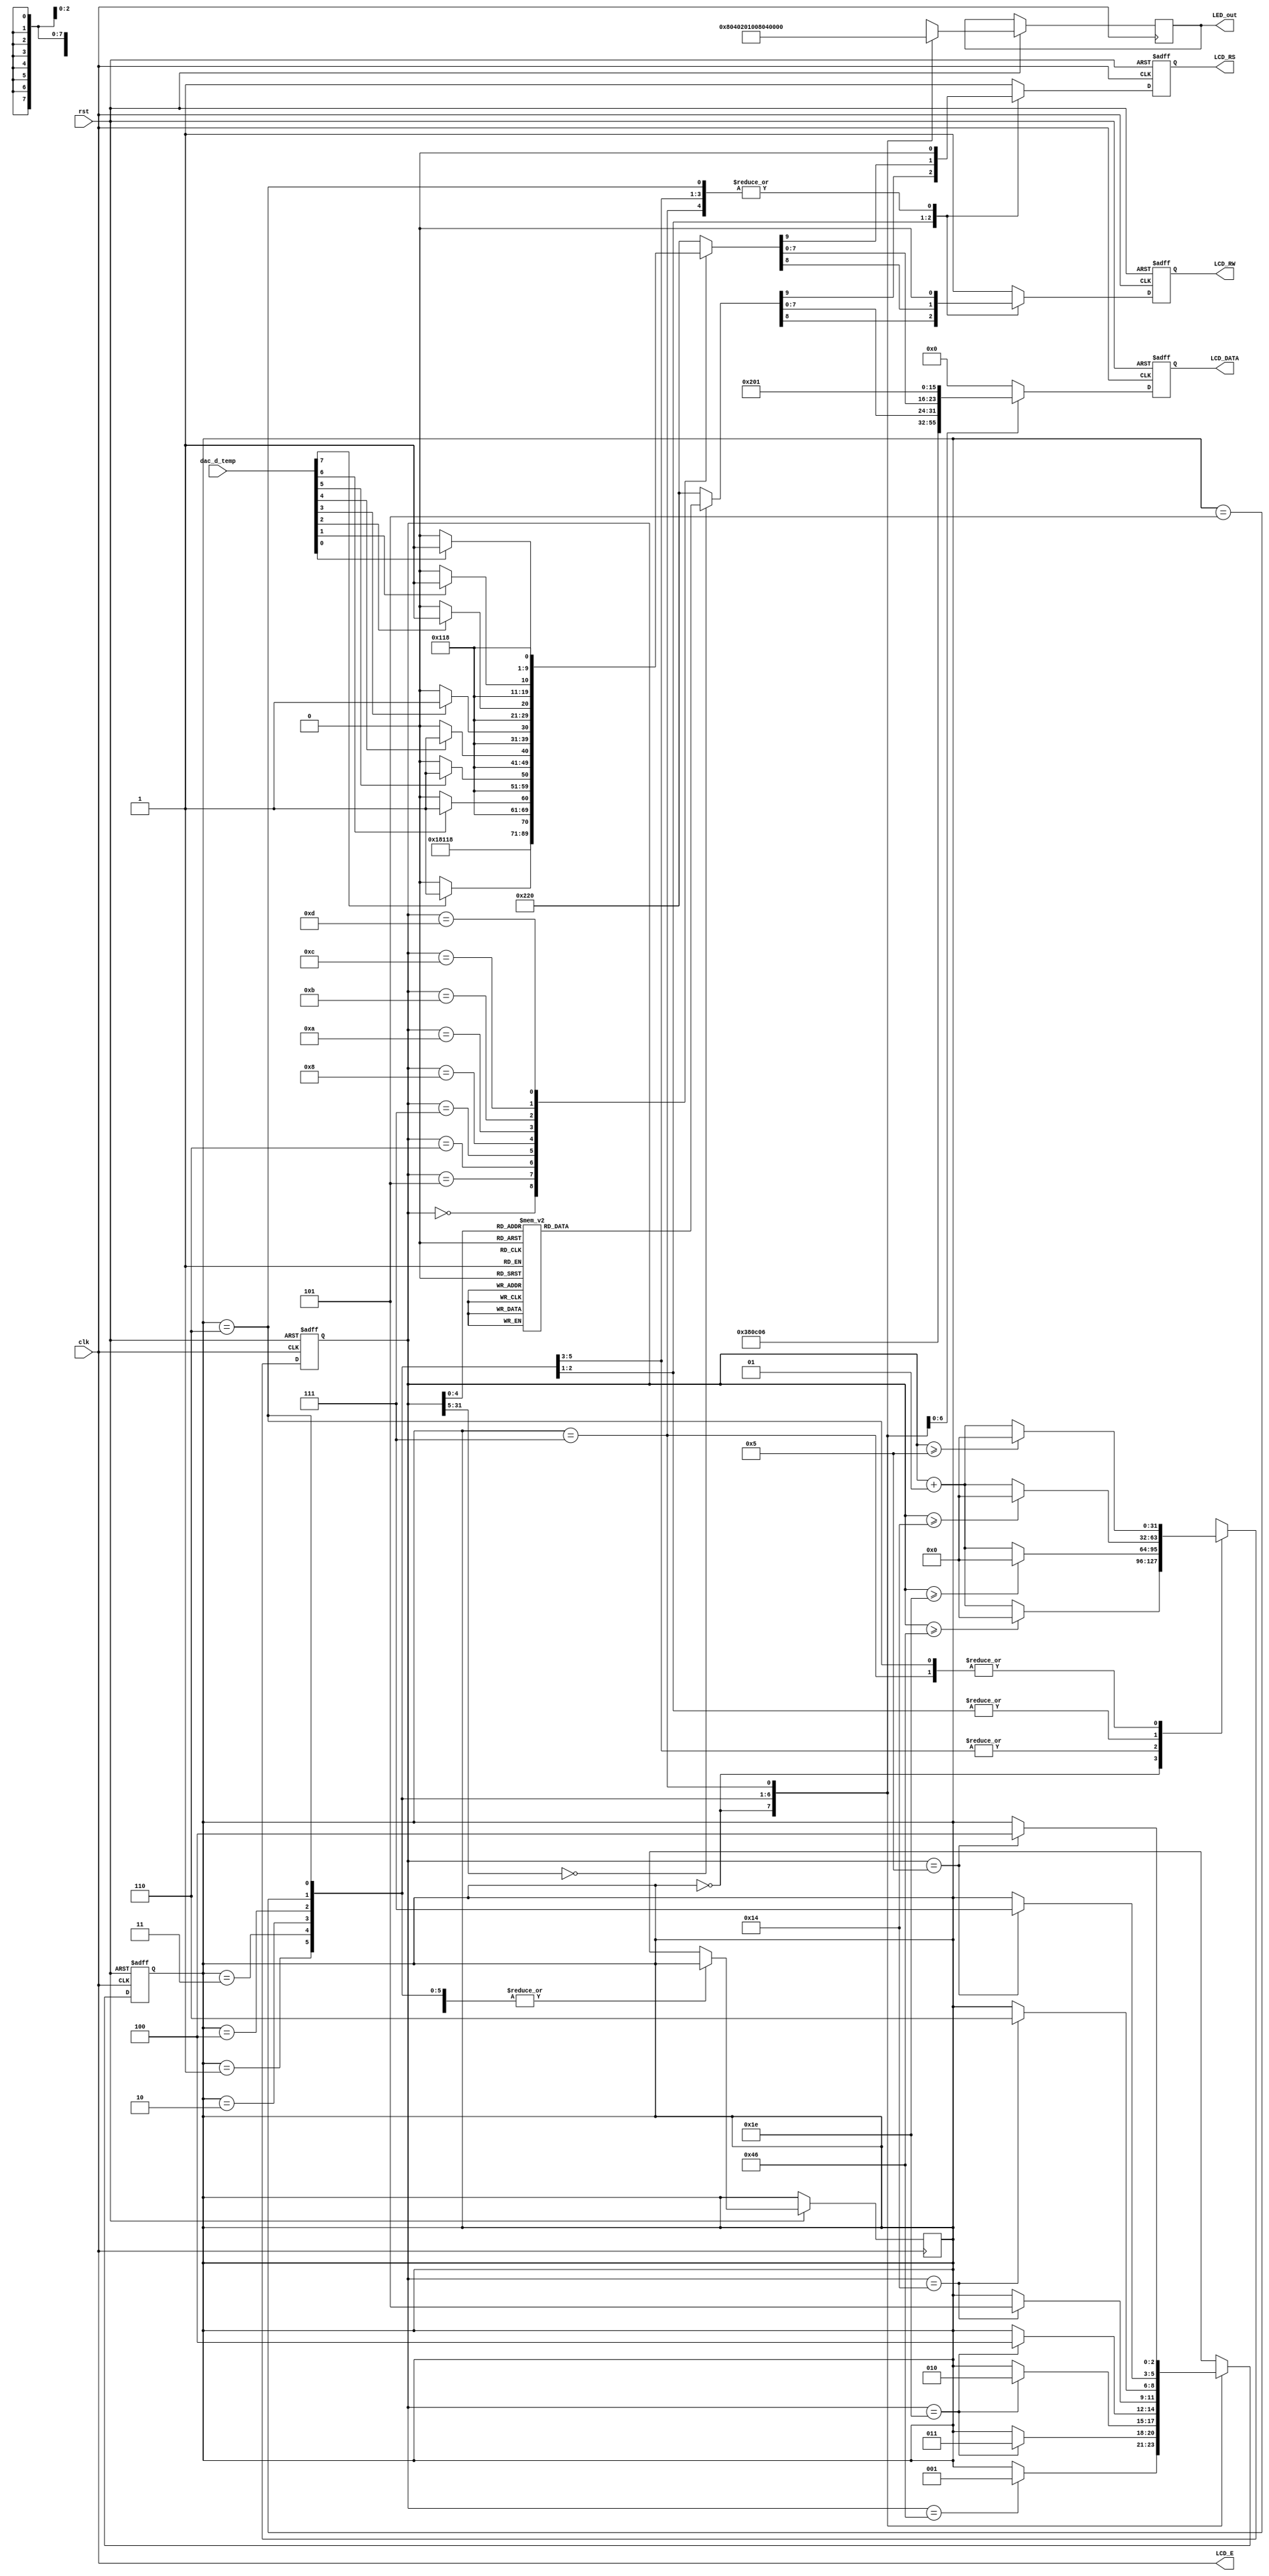

module text_LCD_basic(rst, clk, dac_d_temp,LCD_E, LCD_RS, LCD_RW, LCD_DATA, LED_out);

input rst,clk;
input [7:0] dac_d_temp;

output LCD_E, LCD_RS, LCD_RW;
output reg [7:0] LCD_DATA;
output reg [7:0] LED_out;

wire LCD_E;
reg LCD_RS, LCD_RW;

reg [2:0] state;
parameter DELAY = 3'b000,
    FUNCTION_SET = 3'b001,
    ENTRY_MODE   = 3'B010,
    DISP_ONOFF   = 3'B011,
    LINE1        = 3'b100,
    LINE2        = 3'b101,
    DELAY_T      = 3'b110,
    CLEAR_DISP   = 3'b111;

integer cnt;

always  @(posedge  clk or negedge  rst)
begin
    if(!rst)
        state = DELAY;
    else
    begin
        case(state)
            DELAY : begin
                LED_out = 8'b1000_0000;
                if(cnt == 70) state = FUNCTION_SET;
            end
            FUNCTION_SET : begin
                LED_out = 8'b0100_0000;
                if(cnt == 30) state = DISP_ONOFF;
            end
            DISP_ONOFF : begin
                LED_out = 8'b0010_0000;
                if(cnt == 30) state = ENTRY_MODE;
            end
            ENTRY_MODE : begin
                LED_out = 8'b0001_0000;
                if(cnt == 30) state = LINE1;
            end
            LINE1 : begin
                LED_out = 8'b0000_1000;
                if(cnt == 20) state = LINE2;
            end
            LINE2 : begin
                LED_out = 8'b0000_0100;
                if(cnt == 20) state = DELAY_T;
            end
            DELAY_T : begin
                LED_out = 8'b0000_0010;
                if(cnt == 5) state = CLEAR_DISP;
            end
            CLEAR_DISP : begin
                LED_out = 8'b0000_0001;
                if(cnt == 5) state = LINE1;
            end
            default : state = DELAY;
        endcase
    end
end

always @(posedge clk or negedge rst)
begin
    if(!rst)
        cnt = 0;
    else begin
        case(state)
            DELAY : 
                if(cnt >= 70) cnt = 0;
                else cnt = cnt + 1;
            FUNCTION_SET :
                if(cnt >= 30) cnt = 0;
                else cnt = cnt + 1;
            DISP_ONOFF :
                if(cnt >= 30) cnt = 0;
                else cnt = cnt + 1;
            ENTRY_MODE :
                if(cnt >= 30) cnt = 0;
                else cnt = cnt + 1;
            LINE1 :
                if(cnt >= 20) cnt = 0;
                else cnt = cnt + 1;
            LINE2 :
                if(cnt >= 20) cnt = 0;
                else cnt = cnt + 1;
            DELAY_T :
                if(cnt >= 5) cnt = 0;
                else cnt = cnt + 1;
            CLEAR_DISP :
                if(cnt >= 5) cnt = 0;
                else cnt = cnt + 1;
            default : state = DELAY;
        endcase
    end 
end 

always @(posedge clk or negedge rst)
begin
    if(!rst)
        {LCD_RS, LCD_RW, LCD_DATA} = 10'b1_1_00000000;
    else begin
        case(state)
            FUNCTION_SET :
                {LCD_RS, LCD_RW, LCD_DATA} = 10'b0_0_0011_1000;
            DISP_ONOFF :
                {LCD_RS, LCD_RW, LCD_DATA} = 10'b0_0_0000_1100; 
            ENTRY_MODE :
                {LCD_RS, LCD_RW, LCD_DATA} = 10'b0_0_0000_0110;               
            LINE1 :
                begin 
                    case(cnt)
                        00 : {LCD_RS, LCD_RW, LCD_DATA} = 10'b0_0_1000_0000;
                        01 : {LCD_RS, LCD_RW, LCD_DATA} = 10'b1_0_0011_0010; //2
                        02 : {LCD_RS, LCD_RW, LCD_DATA} = 10'b1_0_0011_0000; //0
                        03 : {LCD_RS, LCD_RW, LCD_DATA} = 10'b1_0_0011_0001; //1
                        04 : {LCD_RS, LCD_RW, LCD_DATA} = 10'b1_0_0011_0110; //6
                        05 : {LCD_RS, LCD_RW, LCD_DATA} = 10'b1_0_0011_0100; //4
                        06 : {LCD_RS, LCD_RW, LCD_DATA} = 10'b1_0_0011_0100; //4
                        07 : {LCD_RS, LCD_RW, LCD_DATA} = 10'b1_0_0011_0000; //0
                        08 : {LCD_RS, LCD_RW, LCD_DATA} = 10'b1_0_0011_0000; //0
                        09 : {LCD_RS, LCD_RW, LCD_DATA} = 10'b1_0_0011_1001; //9
                        10 : {LCD_RS, LCD_RW, LCD_DATA} = 10'b1_0_0011_0111; //7
                        11 : {LCD_RS, LCD_RW, LCD_DATA} = 10'b1_0_0010_0000; //
                        12 : {LCD_RS, LCD_RW, LCD_DATA} = 10'b1_0_0100_1100; //L
                        13 : {LCD_RS, LCD_RW, LCD_DATA} = 10'b1_0_0100_1001; //I
                        14 : {LCD_RS, LCD_RW, LCD_DATA} = 10'b1_0_0100_1010; //J
                        15 : {LCD_RS, LCD_RW, LCD_DATA} = 10'b1_0_0010_0000; //
                        16 : {LCD_RS, LCD_RW, LCD_DATA} = 10'b1_0_0010_0000; //
                        default : {LCD_RS, LCD_RW, LCD_DATA} = 10'b1_0_0010_0000; //
                    endcase
                end
            LINE2 :
                begin 
                    case(cnt)
                        00 : {LCD_RS, LCD_RW, LCD_DATA} = 10'b0_0_1100_0000;
                        01 : {LCD_RS, LCD_RW, LCD_DATA} = 10'b1_0_0010_0000; //
                        02 : {LCD_RS, LCD_RW, LCD_DATA} = 10'b1_0_0010_0000; //
                        03 : {LCD_RS, LCD_RW, LCD_DATA} = 10'b1_0_0010_0000; //
                        04 : {LCD_RS, LCD_RW, LCD_DATA} = 10'b1_0_0010_0000; //
                        // write dac_d_temp value 1 or 0
                        05 : {LCD_RS, LCD_RW, LCD_DATA} <= |dac_d_temp[7]? 10'b1_0_0011_0001 : 10'b1_0_0011_0000;
                        06 : {LCD_RS, LCD_RW, LCD_DATA} <= |dac_d_temp[6]? 10'b1_0_0011_0001 : 10'b1_0_0011_0000;
                        07 : {LCD_RS, LCD_RW, LCD_DATA} <= |dac_d_temp[5]? 10'b1_0_0011_0001 : 10'b1_0_0011_0000;
                        08 : {LCD_RS, LCD_RW, LCD_DATA} <= |dac_d_temp[4]? 10'b1_0_0011_0001 : 10'b1_0_0011_0000;
                        09 : {LCD_RS, LCD_RW, LCD_DATA} = 10'b1_0_0010_0000; //
                        10 : {LCD_RS, LCD_RW, LCD_DATA} <= |dac_d_temp[3]? 10'b1_0_0011_0001 : 10'b1_0_0011_0000;
                        11 : {LCD_RS, LCD_RW, LCD_DATA} <= |dac_d_temp[2]? 10'b1_0_0011_0001 : 10'b1_0_0011_0000;
                        12 : {LCD_RS, LCD_RW, LCD_DATA} <= |dac_d_temp[1]? 10'b1_0_0011_0001 : 10'b1_0_0011_0000;
                        13 : {LCD_RS, LCD_RW, LCD_DATA} <= |dac_d_temp[0]? 10'b1_0_0011_0001 : 10'b1_0_0011_0000;
                        14 : {LCD_RS, LCD_RW, LCD_DATA} = 10'b1_0_0010_0000; //
                        15 : {LCD_RS, LCD_RW, LCD_DATA} = 10'b1_0_0010_0000; //
                        16 : {LCD_RS, LCD_RW, LCD_DATA} = 10'b1_0_0010_0000; //
                        default : {LCD_RS, LCD_RW, LCD_DATA} = 10'b1_0_0010_0000; //
                    endcase
                end
            DELAY_T:
                {LCD_RS, LCD_RW, LCD_DATA} = 10'b0_0_0000_0010;
            CLEAR_DISP :
                {LCD_RS, LCD_RW, LCD_DATA} = 10'b0_0_0000_0001;
            default :    
                {LCD_RS, LCD_RW, LCD_DATA} = 10'b1_1_0000_0000;
        endcase        
    end
end

assign LCD_E = clk;
                             
endmodule